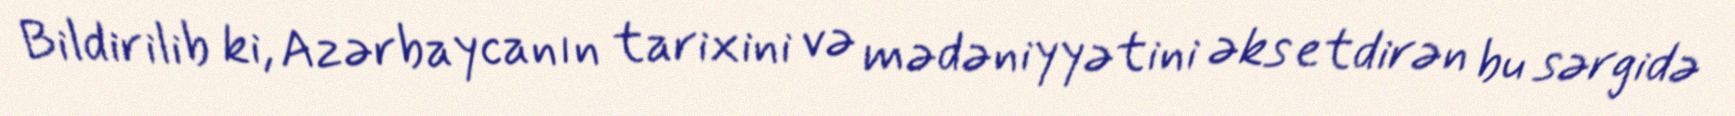
Bildirilib ki, Azərbaycanın tarixini və mədəniyyətini əks etdirən bu sərgidə